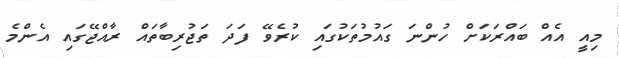
މިއީ އެއް ބައްރަކަށް ހުންނަ ގައުމުތަކުގައި ކުރެވޭ ފަދަ ތަޖުރިބާތައް ރާއްޖޭގައި އެންމެ